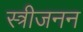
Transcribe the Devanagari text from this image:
स्त्रीजनन